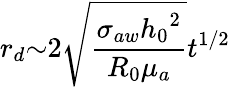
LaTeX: r_{d}{\sim}2\sqrt{\frac{{\sigma}_{aw}{h_{0}}^{2}}{R_{0}{\mu}_{a}}}t^{1/2}